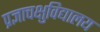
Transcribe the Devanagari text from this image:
प्रज्ञाचक्षुविद्यालय